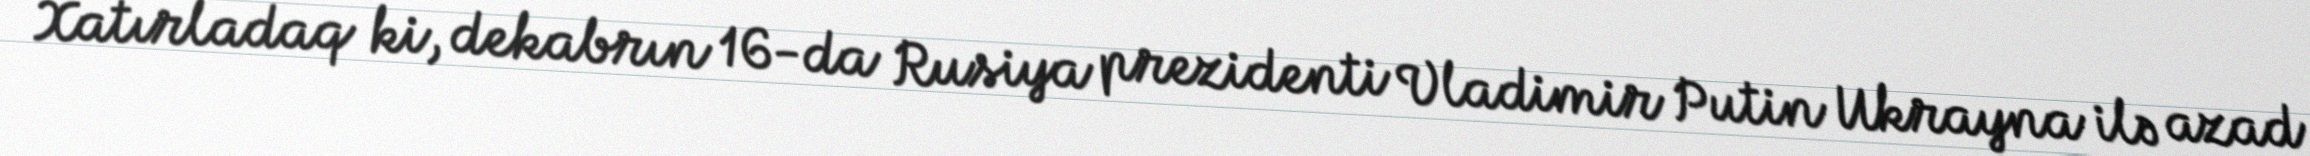
Xatırladaq ki, dekabrın 16-da Rusiya prezidenti Vladimir Putin Ukrayna ilə azad